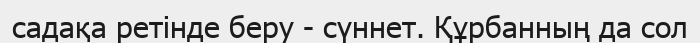
садақа ретінде беру - сүннет. Құрбанның да сол